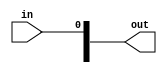
module slt16(
	input in,
	output [15:0] out);
	
	or or1(out[0] , in , 0);
	
endmodule